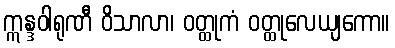
ဣန္ဒဝါရုဏီ ဝိသာလာ၊ ဝတ္ထုကံ ဝတ္ထုလေယျကော။